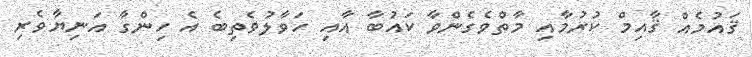
ޤައުމެއް ޤާއިމް ކުރުމާއި މާތްވެގެންވާ ކައުބާ އާއި ހަވާލުވެތިބެ އެ ހިންގާ އަނިޔާވެރި